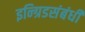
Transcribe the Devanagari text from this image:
इन्ग्रिडसंबंधी